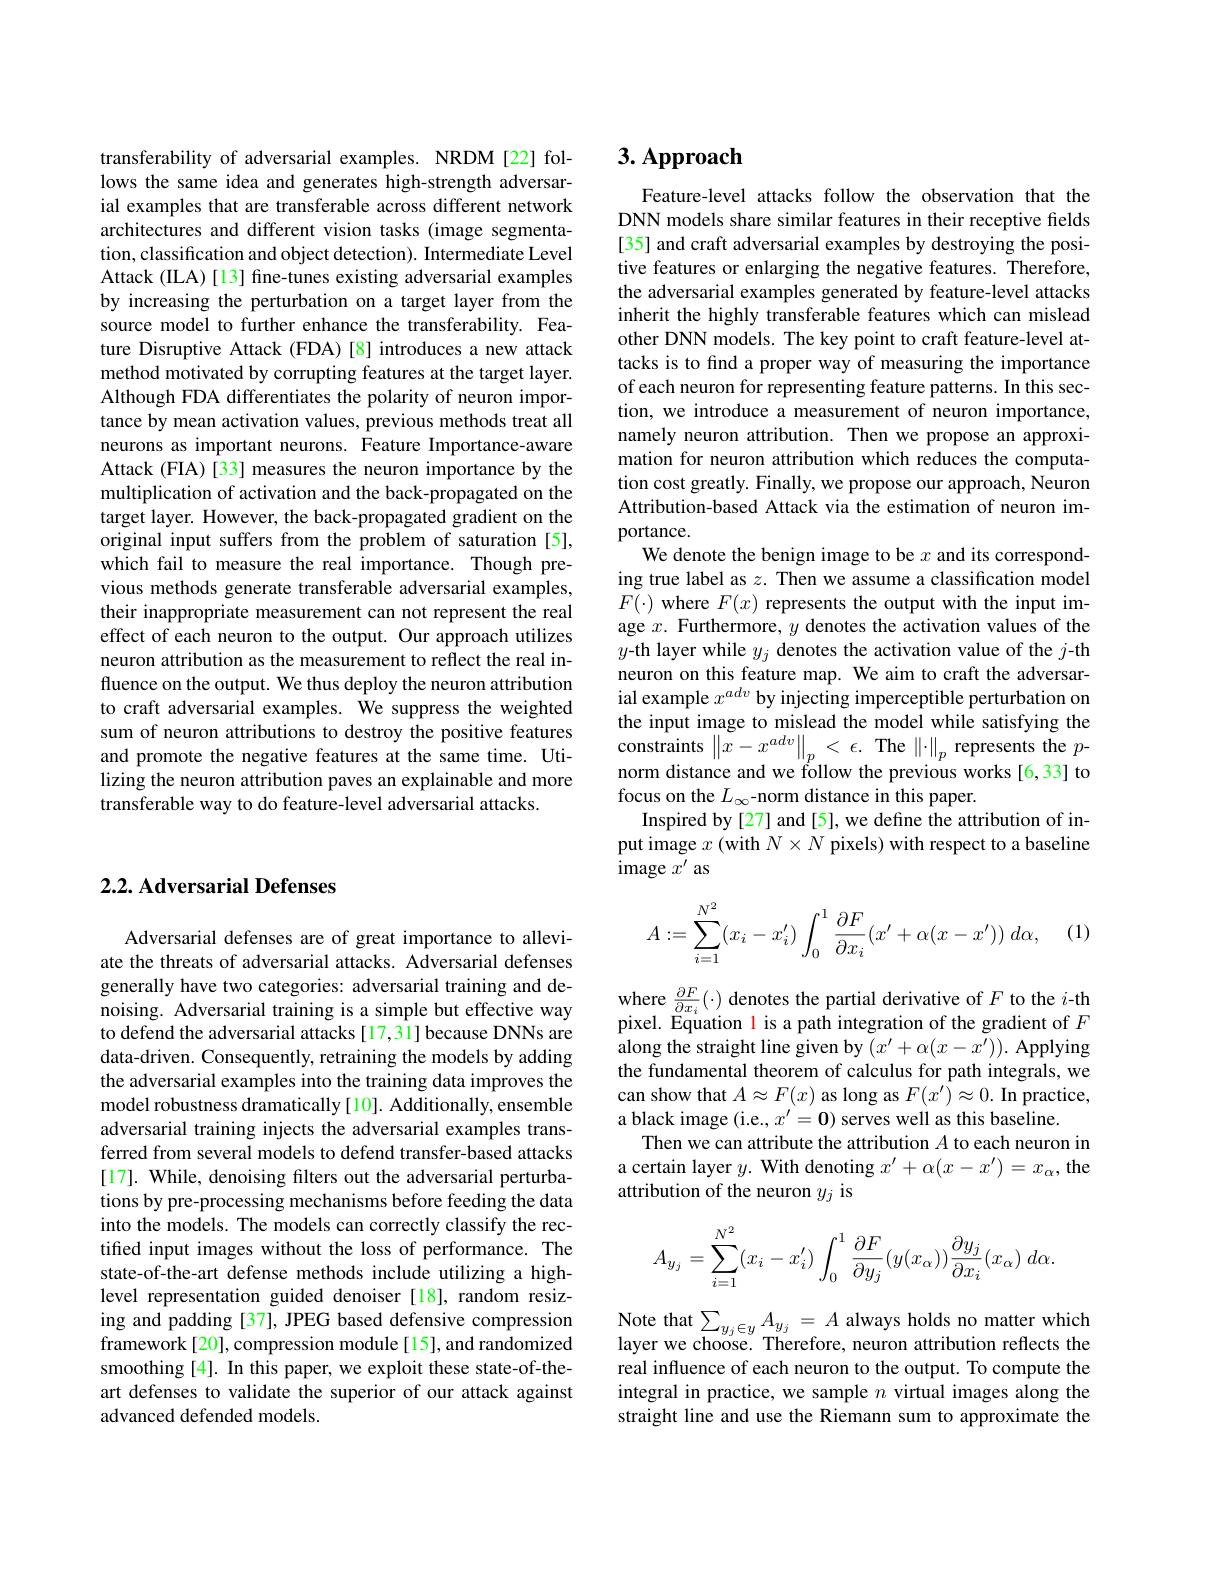
## $2. 2. \textbf{Adversarial Defenses}$

Adversarial defenses are of great importance to alleviate the threats of adversarial attacks. Adversarial defenses generally have two categories: adversarial training and denoising. Adversarial training is a simple but effective way to defend the adversarial attacks [17,31]because DNNs are data-driven. Consequently, retraining the models by adding the adversarial examples into the training data improves the model robustness dramatically[10]. Additionally, ensemble adversarial training injects the adversarial examples transferred from several models to defend transfer-based attacks [17]. While, denoising filters out the adversarial perturbations by pre-processing mechanisms before feeding the data into the models. The models can correctly classify the rectified input images without the loss of performance. The state-of-the-art defense methods include utilizing a highlevel representation guided denoiser [18], random resizing and padding [37], JPEG based defensive compression framework[20], compression module[15], and randomized smoothing [4]. In this paper, we exploit these state-of-theart defenses to validate the superior of our attack against advanced defended models.

transferability of adversarial examples. NRDM [22] follows the same idea and generates high-strength adversarial examples that are transferable across different network architectures and different vision tasks (image segmentation, classification and object detection). Intermediate Level Attack (ILA) [13] fine-tunes existing adversarial examples by increasing the perturbation on a target layer from the source model to further enhance the transferability. Feature Disruptive Attack (FDA)[8] introduces a new attack method motivated by corrupting features at the target layer. Although FDA differentiates the polarity of neuron importance by mean activation values, previous methods treat all neurons as important neurons. Feature Importance-aware Attack (FIA) [33] measures the neuron importance by the multiplication of activation and the back-propagated on the target layer. However, the back-propagated gradient on the original input suffers from the problem of saturation [5], which fail to measure the real importance. Though previous methods generate transferable adversarial examples, their inappropriate measurement can not represent the real effect of each neuron to the output. Our approach utilizes neuron attribution as the measurement to reflect the real influence on the output. We thus deploy the neuron attribution to craft adversarial examples. We suppress the weighted sum of neuron attributions to destroy the positive features and promote the negative features at the same time. Utilizing the neuron attribution paves an explainable and more transferable way to do feature-level adversarial attacks.

# 3. Approach

Feature-level attacks follow the observation that the DNN models share similar features in their receptive fields [35] and craft adversarial examples by destroying the positive features or enlarging the negative features. Therefore, the adversarial examples generated by feature-level attacks inherit the highly transferable features which can mislead other DNN models. The key point to craft feature-level attacks is to find a proper way of measuring the importance of each neuron for representing feature patterns. In this section, we introduce a measurement of neuron importance, namely neuron attribution. Then we propose an approximation for neuron attribution which reduces the computation cost greatly. Finally, we propose our approach, Neuron Attribution-based Attack via the estimation of neuron importance.
We denote the benign image to be $x$ and its corresponding true label as $z.$ Then we assume a classification model $F(\cdot)$ where $F(x)$ represents the output with the input image $x.$ Furthermore, $y$ denotes the activation values of the $y$-th layer while $y_j$ denotes the activation value of the $j$-th neuron on this feature map. We aim to craft the adversarial example $x^adv$ by injecting imperceptible perturbation on the input image to mislead the model while satisfying the constraints $\left\|x-x^{adv}\right\|_p<\epsilon.$ The $\left\|\cdot\right\|_p$ represents the $p$- norm distance and we follow the previous works [6,33] to focus on the $L_\infty$-norm distance in this paper.
Inspired by [27] and [5], we define the attribution of input image $x$ (with $N\times N$ pixels) with respect to a baseline ${\mathrm{image~}x^{\prime}}$ as
$$\begin{aligned}A:=\sum_{i=1}^{N^2}(x_i-x_i')\int_0^1\frac{\partial F}{\partial x_i}(x'+\alpha(x-x'))\:d\alpha,\end{aligned}$$
(1)

where $\frac{\partial F}{\partial x_i}(\cdot)$ denotes the partial derivative of $F$ to the $i$-th pixel. Equation l is a path integration of the gradient of $F$ along the straight line given by $(x^\prime+\alpha(x-x^{\prime})).$ Applying the fundamental theorem of calculus for path integrals, we can show that $A\approx F(x)$ as long as $F(x^{\prime})\approx0.$ In practice, a black image (i.e., $x^{\prime}=\mathbf{0})$ serves well as this baseline.
Then we can attribute the attribution $A$ to each neuron in a certain layer $y.$ With denoting $x^\prime+\alpha(x-x^{\prime})=x_\alpha$, the attribution of the neuron $y_j$ is
$$A_{y_j}=\sum_{i=1}^{N^2}(x_i-x_i')\int_0^1\frac{\partial F}{\partial y_j}(y(x_\alpha))\frac{\partial y_j}{\partial x_i}(x_\alpha)\:d\alpha.$$
Note that $\sum_{y_{j}\in y}A_{y_{j}}=A$ always holds no matter which layer we choose. Therefore, neuron attribution reflects the real influence of each neuron to the output. To compute the integral in practice, we sample $n$ virtual images along the straight line and use the Riemann sum to approximate the